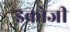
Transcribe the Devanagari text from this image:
इकोजी